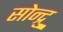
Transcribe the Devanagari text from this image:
सोन्द्रु